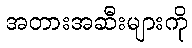
အတားအဆီးများကို